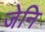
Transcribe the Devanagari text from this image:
जेनि